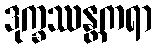
ဒုက္ခဿန္တကရာ